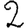
Digit: 2